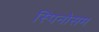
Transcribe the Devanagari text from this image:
स्पिनोसम